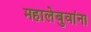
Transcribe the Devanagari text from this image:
महालेबुवांना